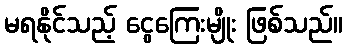
မရနိုင်သည့် ငွေကြေးမျိုး ဖြစ်သည်။